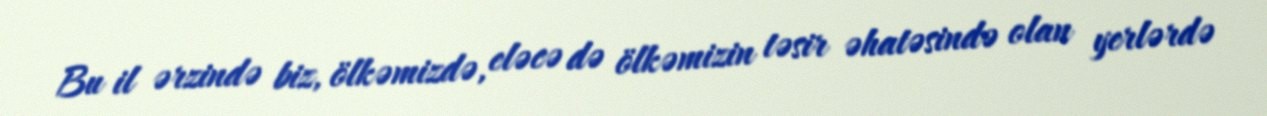
Bu il ərzində biz, ölkəmizdə, eləcə də ölkəmizin təsir əhatəsində olan yerlərdə